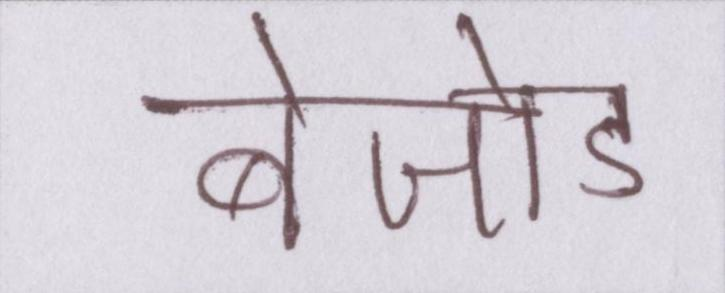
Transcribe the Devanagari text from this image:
बेजोड